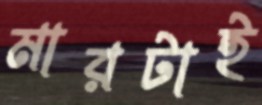
মারটাই